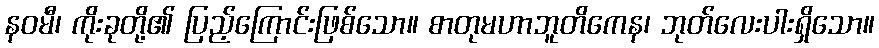
နဝမီ၊ ကိုးခုတို့၏ ပြည့်ကြောင်းဖြစ်သော။ စာတုမဟာဘူတိကေန၊ ဘုတ်လေးပါးရှိသော။